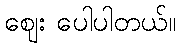
ဈေး ပေါပါတယ်။